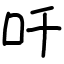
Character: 吀